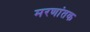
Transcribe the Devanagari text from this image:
मरणांतक